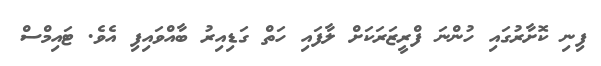
ފިނި ކޮށާރުގައި ހުންނަ ފްރީޒަރަކަށް ލާފައި ހަތް ގަޑިއިރު ބާއްވައިފި އެވެ. ޓައިމްސް